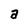
Character: a